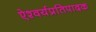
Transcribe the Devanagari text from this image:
ऐश्वर्यप्रतिपादक